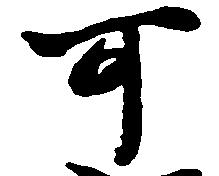
可